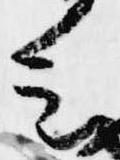
会